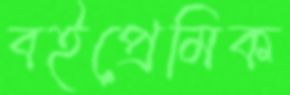
বইপ্রেমিক